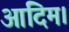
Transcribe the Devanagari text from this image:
आदिम।